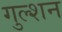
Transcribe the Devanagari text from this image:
गुल्शन